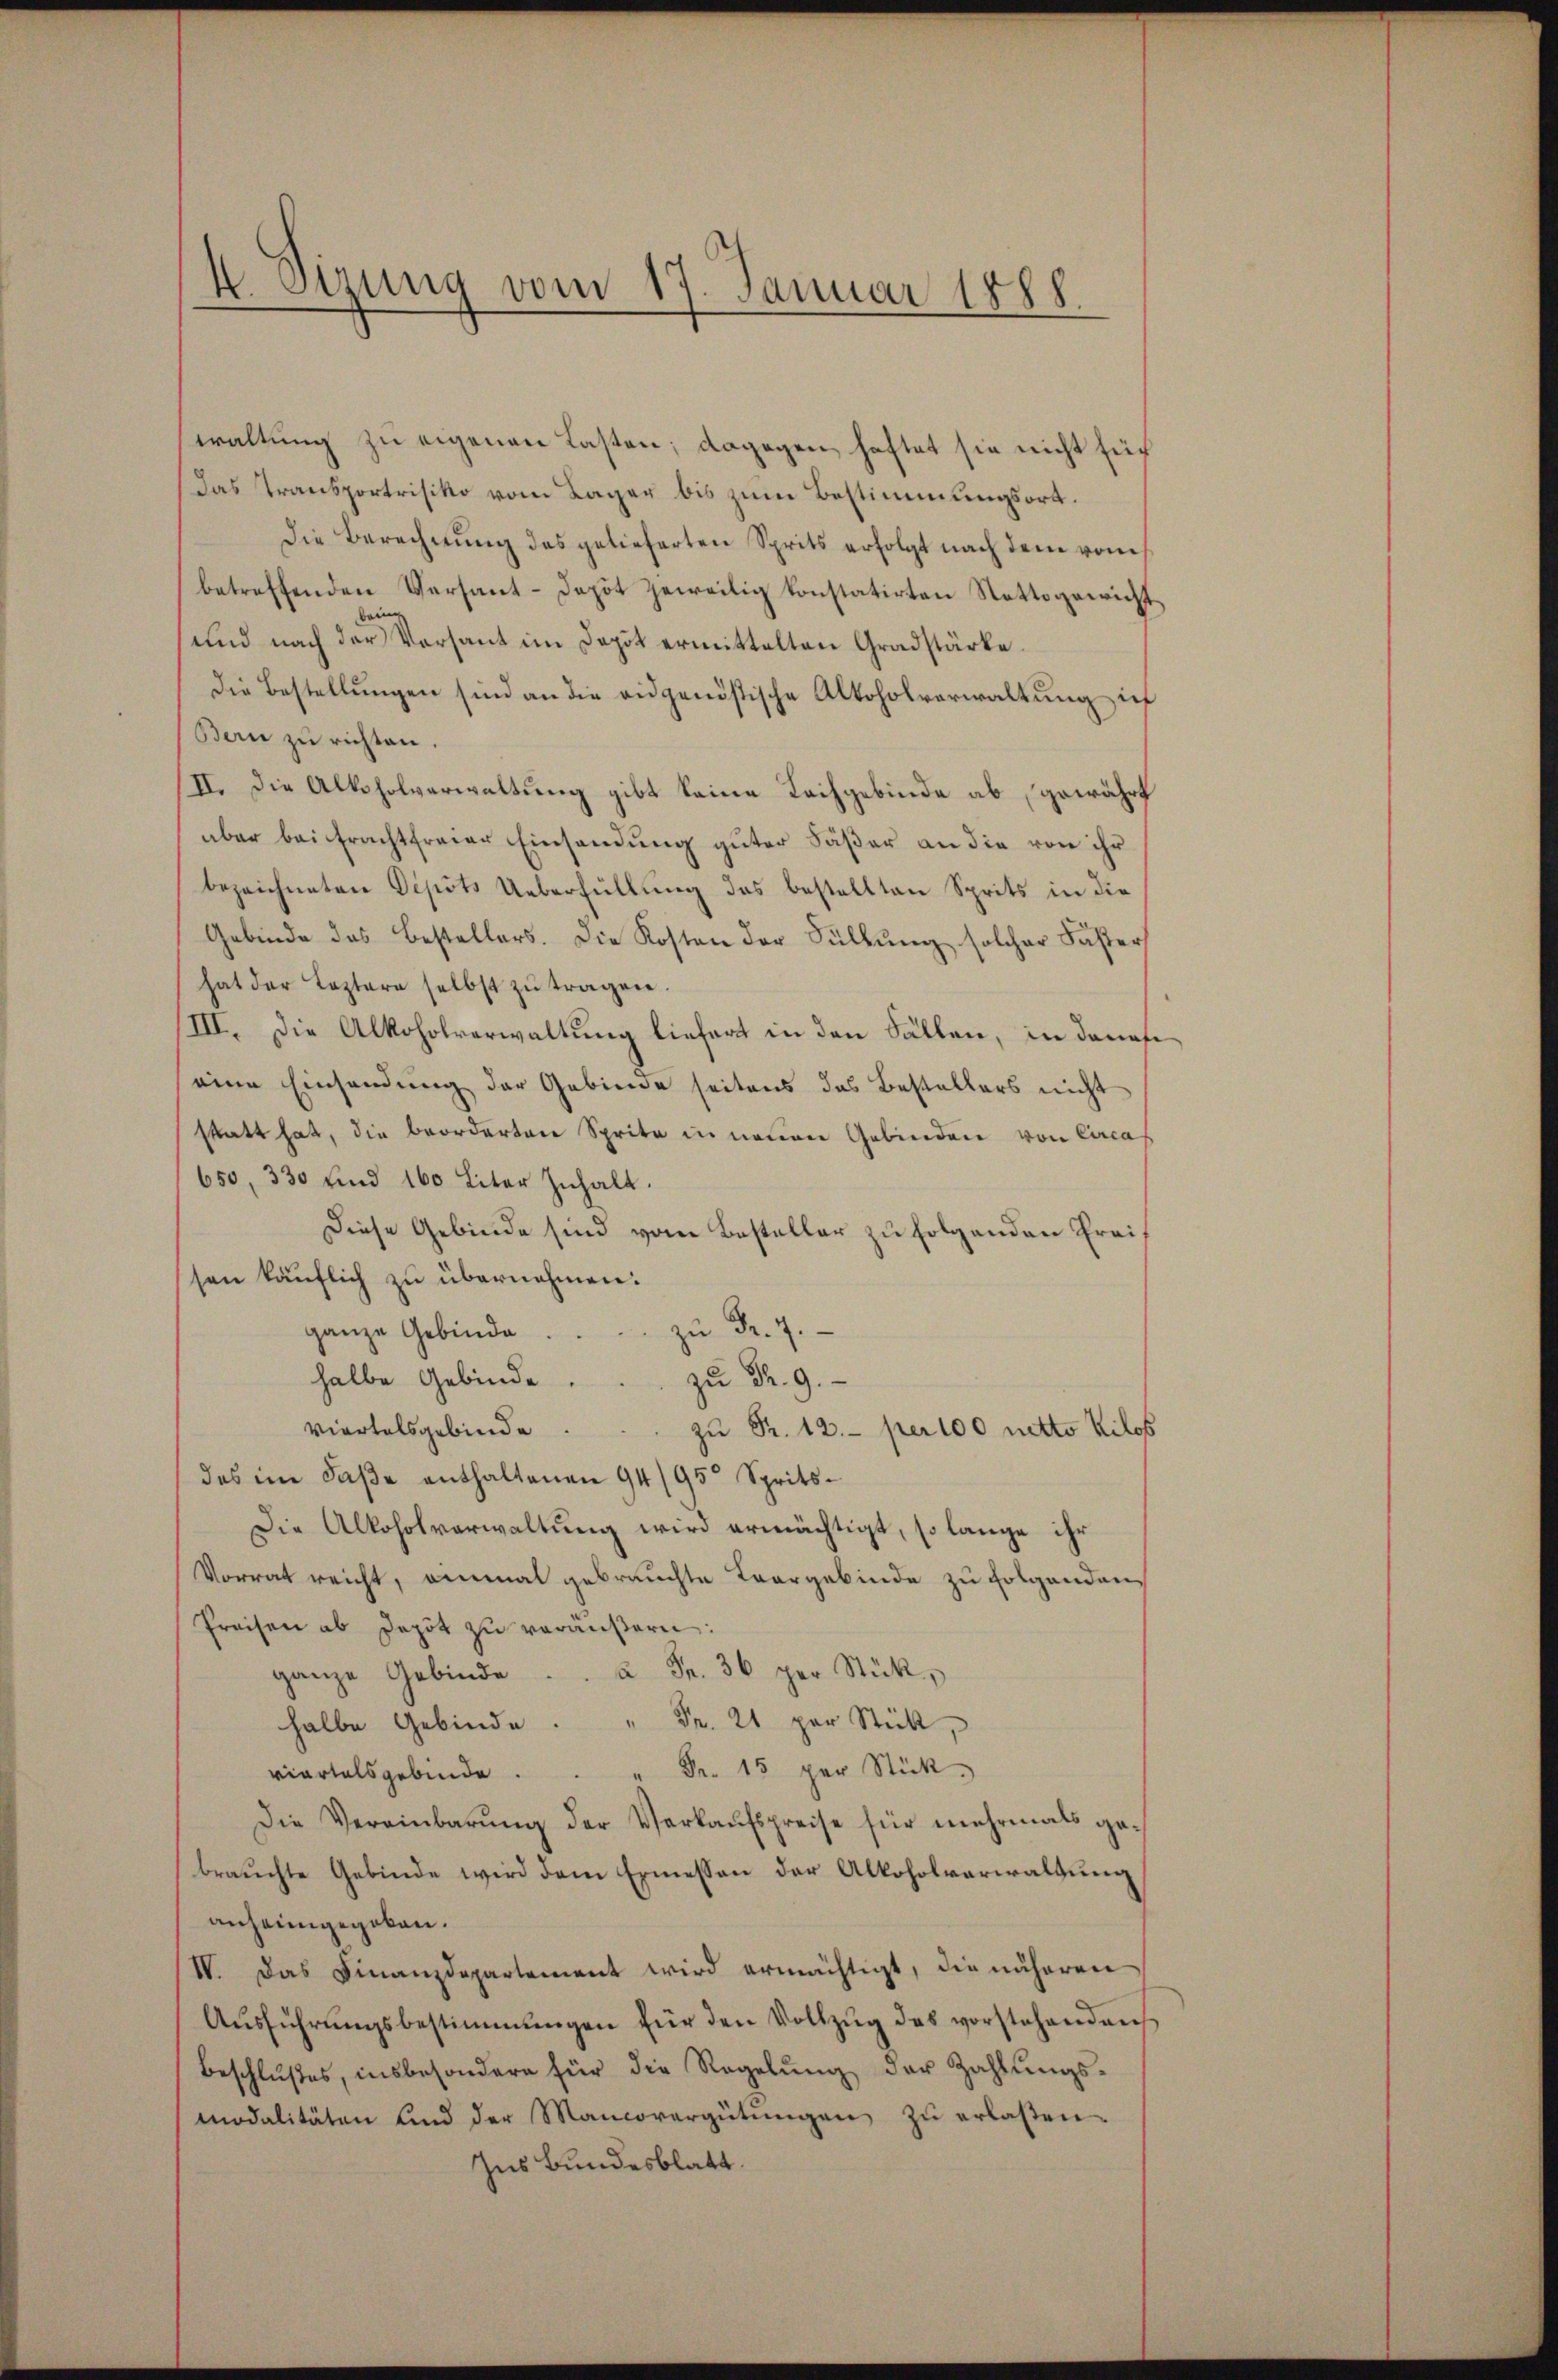
waltung zu eigenen Lasten; dagegen haftet sie nicht sich
das Transportrisiko vom Lager bis zum Bestimmungsort.
die Berechnung des gelieferten Sprits erfolgt nach dem vom
betreffenden Versant-Depot geweilig konstatirten Stattgewicht
e
und nach der Versant im Depot ermittelten Gradstärke.
Die Bestellungen sind an die eidgenößische Altoholverwaltung ich
Bern zu richten.
II. Die Altsholverwaltung gibt keine Tachgebinde ab, gewährt
aber bei Frachtfreier Einsendung guter Fäßer an die von ihr
bezeichneten Depots Ueberfüllung des bestellten Sprits in die
Gebinde das Bestellers. Die Kosten der Füllŭng solcher Faster
hat der Leztere selbst zŭ tragen.
/III. Die Alkoholverwaltung liefert in den Fällen, in danafe
eine Einsendung der Gebiere seitens das Bestellers nicht
statt hat, die beorderten Sprita in neuen Gebinden von Circa
650, 330 und 160 Liter Inhalt.
Diese Gebinde sind vom Besteller zu folgenden Freisen käuflich zu übernehmen:
zu Fr. 7.
ganze Gebinde
halbe Gebinde.
zu Fr. 9.
viertelsgebinde
zu Fr. 12. per 100 netto Kilos
des im Faße enthaltenen 94/95 Sprits¬
Die Alkoholverwaltung wird ermächtigt, so lange ihr
Vorrat reicht, einmal gebrauchte Taargebinde zu folgenden
Preisen ab depot zŭ veräŭβern:
ganze Gebi
halbe Gebinde Fr. 21 per Stück,
Fr. 15 per Stück.
viartalsgebinde.
Die Vereinbarung der Verkaufspreise für mehrmals gebrauchte Gebinde wird dem Ermessen der Alkoholverwaltung
anheimgegeben.
IV. Das Finanzdepartement wird ermächtigt, die näheren
Aŭsführŭngsbestimmungen für den Vollzŭg des vorstehenden
Beschlußes, insbesondere für die Regelŭng der Zahlŭngs-
modalitäten und der Mancovergütŭngen zŭ erlaßen.
Ins Bundesblatt.

4. Sizung vom 17. Januar 1888.